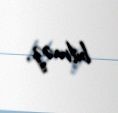
bilməz.